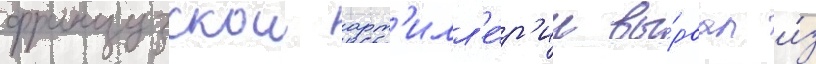
французскои арт'илл'е́р'ии вы́рвал и́з